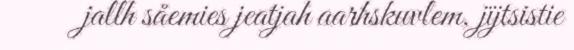
jallh såemies jeatjah aarhskuvlem, jïjtsistie